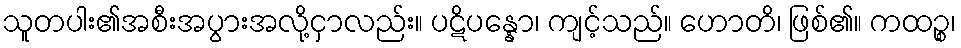
သူတပါး၏အစီးအပွားအလို့ငှာလည်း။ ပဋိပန္နော၊ ကျင့်သည်။ ဟောတိ၊ ဖြစ်၏။ ကထဉ္စ၊